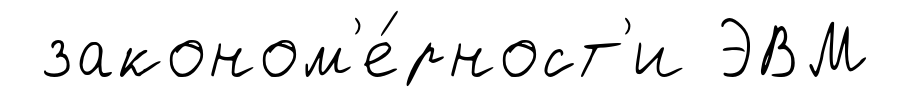
законом'е́рност'и ЭВМ